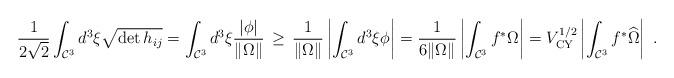
LaTeX: \begin{align*}{1\over 2\sqrt{2}}\int_{{\cal C}^3} d^3\xi \sqrt{\det h_{ij} }=\int_{{\cal C}^3} d^3\xi\frac{|\phi|}{\|\Omega\|}\,\geq\,\frac{1}{\|\Omega\|}\left|\int_{{\cal C}^3} d^3\xi \phi\right|=\frac{1}{6\|\Omega\|}\left|\int_{{\cal C}^3} f^*\Omega\right|=V_{\rm CY}^{1/2}\left|\int_{{\cal C}^3}f^*\widehat{\Omega}\right|\ .\end{align*}